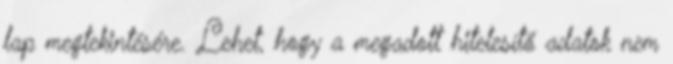
lap megtekintésére. Lehet, hogy a megadott hitelesítő adatok nem